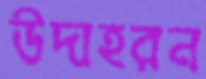
উদাহরন